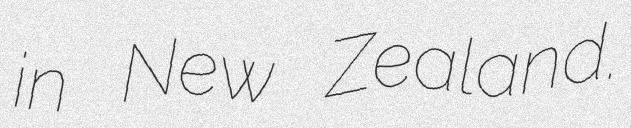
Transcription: in New Zealand.